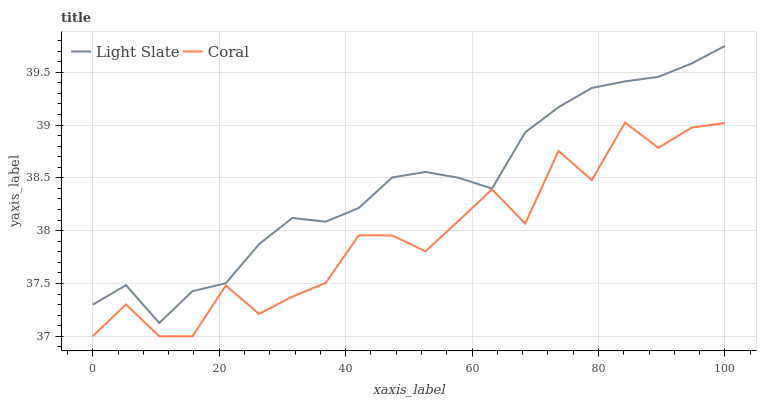
| xaxis_label | Light Slate | Coral |
 | --- | --- | --- |
 | 0 | 37.3 | 37 |
 | 5.26 | 37.5 | 37.3 |
 | 10.5 | 37.1 | 37 |
 | 15.8 | 37.4 | 37 |
 | 21.1 | 37.5 | 37.5 |
 | 26.3 | 37.9 | 37.2 |
 | 31.6 | 38.1 | 37.4 |
 | 36.8 | 38.1 | 37.5 |
 | 42.1 | 38.2 | 38 |
 | 47.4 | 38.5 | 38 |
 | 52.6 | 38.6 | 37.8 |
 | 57.9 | 38.5 | 38.1 |
 | 63.2 | 38.4 | 38.4 |
 | 68.4 | 38.9 | 38.1 |
 | 73.7 | 39.2 | 38.8 |
 | 78.9 | 39.4 | 38.5 |
 | 84.2 | 39.4 | 39 |
 | 89.5 | 39.5 | 38.8 |
 | 94.7 | 39.6 | 39 |
 | 100 | 39.7 | 39 |